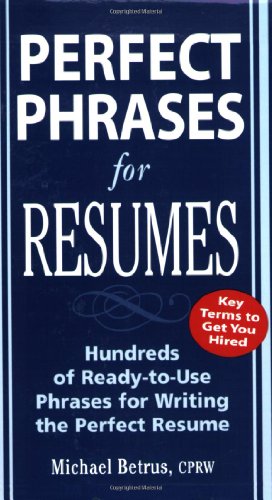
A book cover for Perfect Phrases for Resumes (Perfect Phrases Series); Michael Betrus; Business & Money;